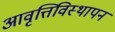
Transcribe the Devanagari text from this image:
आवृत्तिविस्थापन